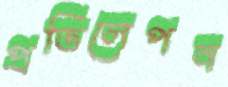
প্রতিলেপন